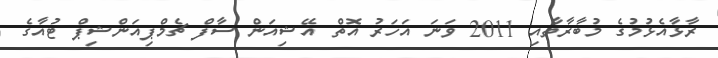
ރާޅާއެޅުމުގެ މުބާރާތާއި 2011 ވަނަ އަހަރު އޮތް އޭޝިއަން ސާފް ޗެމްޕިއަންޝިޕް ޓުއާގެ